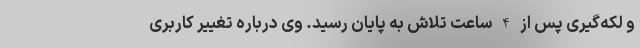
و لکه‌گیری پس از 4 ساعت تلاش به پایان رسید. وی درباره تغییر کاربری